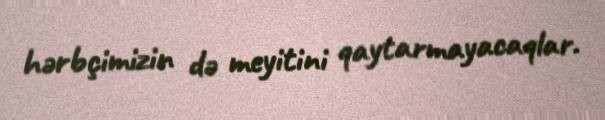
hərbçimizin də meyitini qaytarmayacaqlar.